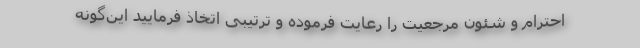
احترام و شئون مرجعیت را رعایت فرموده و ترتیبی اتخاذ فرمایید این‌گونه